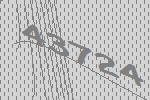
43724